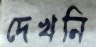
দেখনি